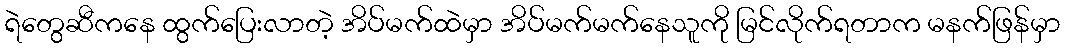
ရဲတွေဆီကနေ ထွက်ပြေးလာတဲ့ အိပ်မက်ထဲမှာ အိပ်မက်မက်နေသူကို မြင်လိုက်ရတာက မနက်ဖြန်မှာ